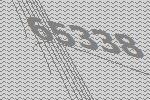
65338